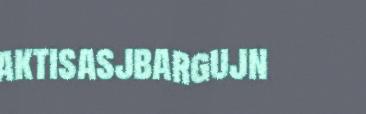
aktisasjbargujn